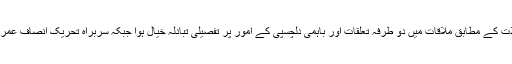
تحریک انصاف کی جانب سے جاری کردہ تفصیلات کے مطابق ملاقات میں دو طرفہ تعلقات اور باہمی دلچسپی کے امور پر تفصیلی تبادلہ خیال ہوا جبکہ سربراہ تحریک انصاف عمران خان کو دورہ افغانستان کی دعوت بھی دی گئی۔